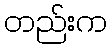
တည်းက